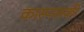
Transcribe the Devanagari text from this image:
कास्परस्की